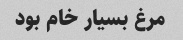
مرغ بسیار خام بود